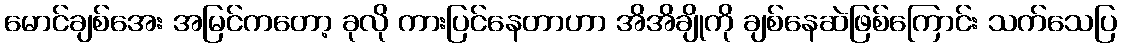
မောင်ချစ်အေး အမြင်ကတော့ ခုလို ကားပြင်နေတာဟာ အိအိချိုကို ချစ်နေဆဲဖြစ်ကြောင်း သက်သေပြ